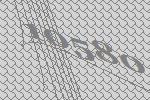
10580